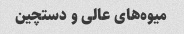
میوه‌های عالی و دستچین